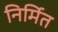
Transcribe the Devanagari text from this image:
निर्मित